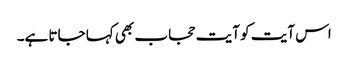
اس آیت کو آیت حجاب بھی کہا جاتا ہے۔